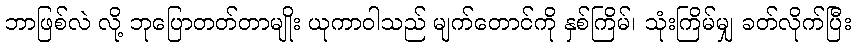
ဘာဖြစ်လဲ လို့ ဘုပြောတတ်တာမျိုး ယုကာဝါသည် မျက်တောင်ကို နှစ်ကြိမ်၊ သုံးကြိမ်မျှ ခတ်လိုက်ပြီး